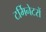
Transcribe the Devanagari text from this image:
टर्मिनेटरों